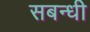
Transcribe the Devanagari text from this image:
सबन्धी